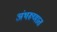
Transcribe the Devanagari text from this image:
अंथरूणात